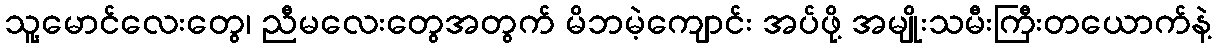
သူ့မောင်လေးတွေ၊ ညီမလေးတွေအတွက် မိဘမဲ့ကျောင်း အပ်ဖို့ အမျိုးသမီးကြီးတယောက်နဲ့